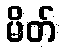
မိတ်